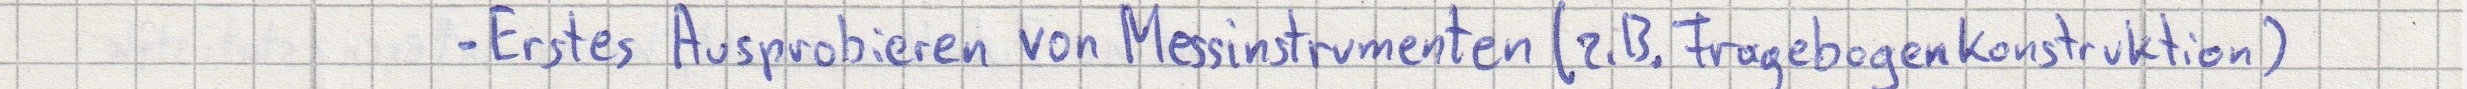
- Erstes Ausprobieren von Messinstrumenten (z.B Fragebogenkonstruktion)